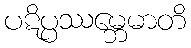
ပဋိပ္ပဿမ္ဘေမာတိ